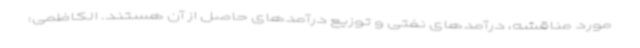
مورد مناقشه، درآمدهای نفتی و توزیع درآمدهای حاصل از آن هستند. الکاظمی: